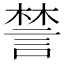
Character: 𧩋